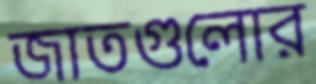
জাতগুলোর